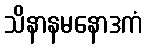
သိနာနမနောဒကံ